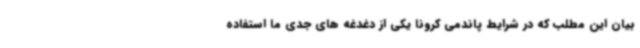
بیان این مطلب که در شرایط پاندمی کرونا یکی از دغدغه های جدی ما استفاده